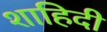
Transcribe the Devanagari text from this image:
शाहिदी